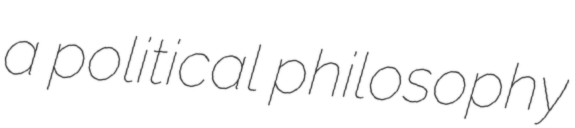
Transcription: a political philosophy